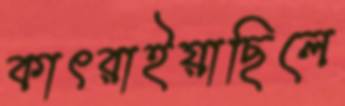
কাৎরাইয়াছিলে